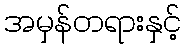
အမှန်တရားနှင့်